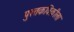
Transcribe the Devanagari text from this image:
पुस्तकविक्रीला